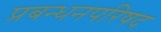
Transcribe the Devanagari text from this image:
प्रबन्धनपरिषद